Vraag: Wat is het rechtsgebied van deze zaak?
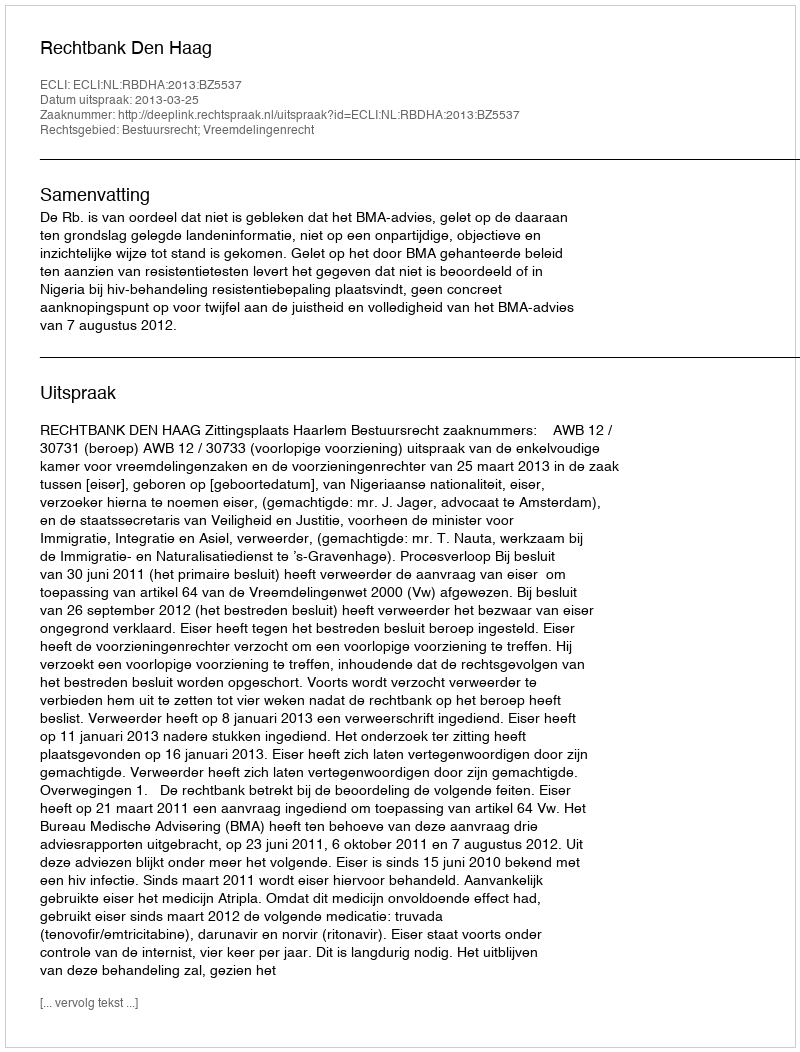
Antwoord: Bestuursrecht; Vreemdelingenrecht